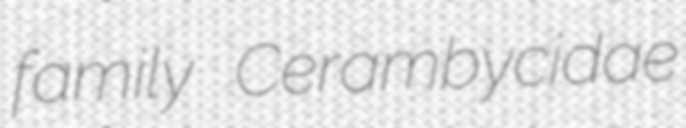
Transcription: family Cerambycidae